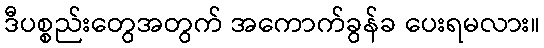
ဒီပစ္စည်းတွေအတွက် အကောက်ခွန်ခ ပေးရမလား။